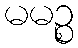
မမဉ္စ